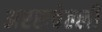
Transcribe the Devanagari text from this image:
अरसवेल्ली